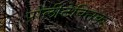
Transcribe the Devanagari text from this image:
पोलीटेक्निक